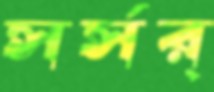
সর্‌সর্‌